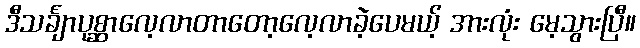
ဒီသင်္ချာပုစ္ဆာလေ့လာတာတော့လေ့လာခဲ့ပေမယ့် အားလုံး မေ့သွားပြီ။